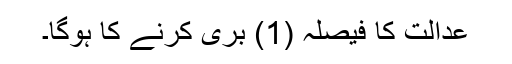
عدالت کا فیصلہ (1) بری کرنے کا ہوگا۔